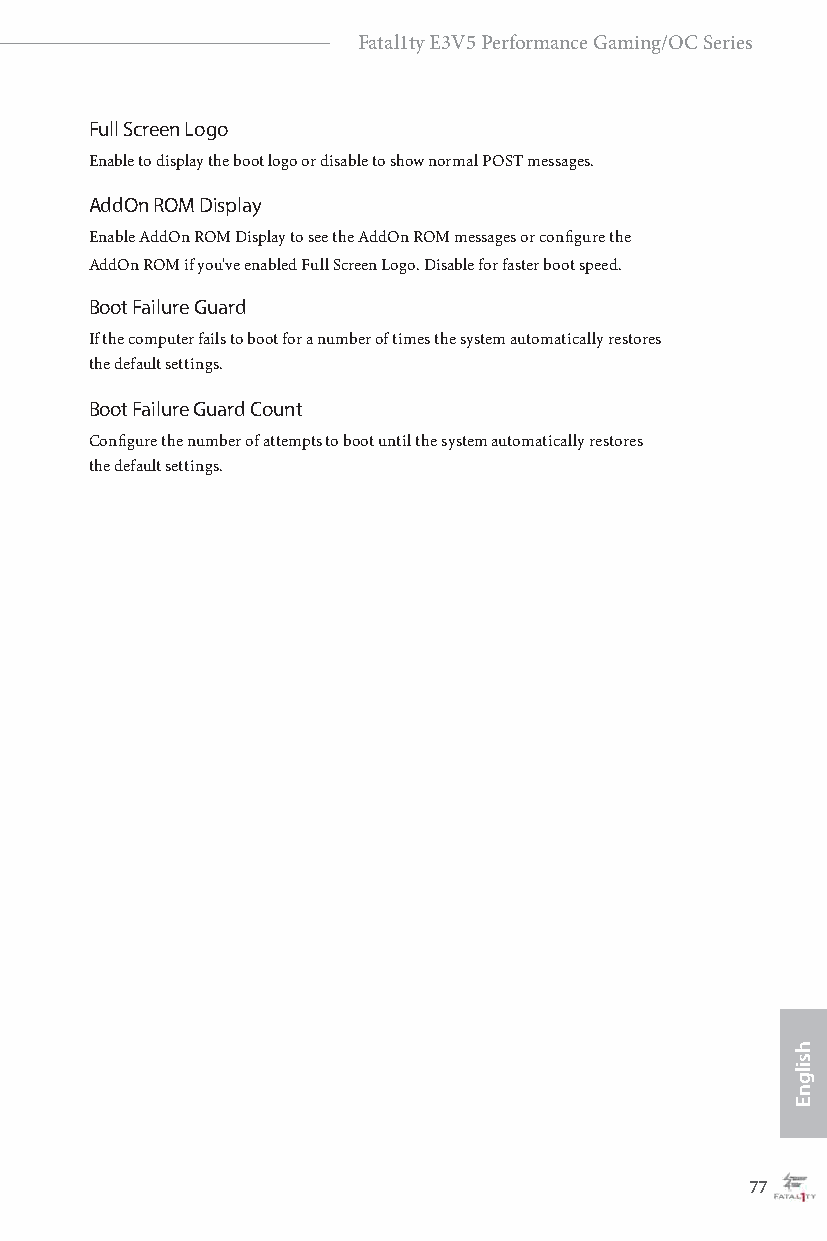
Fatal1ty E3V5 Performance Gaming/OC Series
 Full Screen Logo
 Enable to display the boot logo or disable to show normal POST messages.
 AddOn ROM Display
 Enable AddOn ROM Display to see the AddOn ROM messages or configure the
 AddOn ROM if you've enabled Full Screen Logo. Disable for faster boot speed.
 Boot Failure Guard
 If the computer fails to boot for a number of times the system automatically restores
 the default settings.
 Boot Failure Guard Count
 Configure the number of attempts to boot until the system automatically restores
 the default settings.
 76                                                77
 hsilgnE